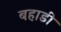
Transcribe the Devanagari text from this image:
बहाडी